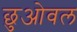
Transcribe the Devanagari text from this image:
छुओवल